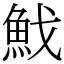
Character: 䰹